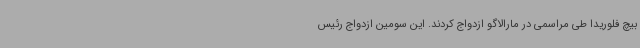
بیچ فلوریدا طی مراسمی در مارالاگو ازدواج کردند. این سومین ازدواج رئیس